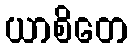
ယာစိတေ